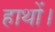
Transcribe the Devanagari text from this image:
हाथों।